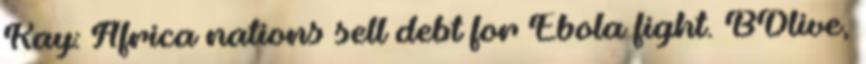
Kay: Africa nations sell debt for Ebola fight. BDlive,